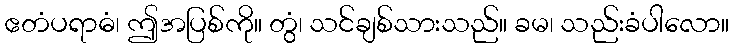
ဧတံပရာဓံ၊ ဤအပြစ်ကို။ တွံ၊ သင်ချစ်သားသည်။ ခမ၊ သည်းခံပါလော။